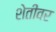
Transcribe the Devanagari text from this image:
शेतींवर